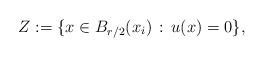
LaTeX: \begin{align*}Z:=\{x\in B_{r/2}(x_i)\,: \, u(x)=0\},\end{align*}